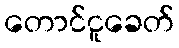
တောင်ငူခေတ်